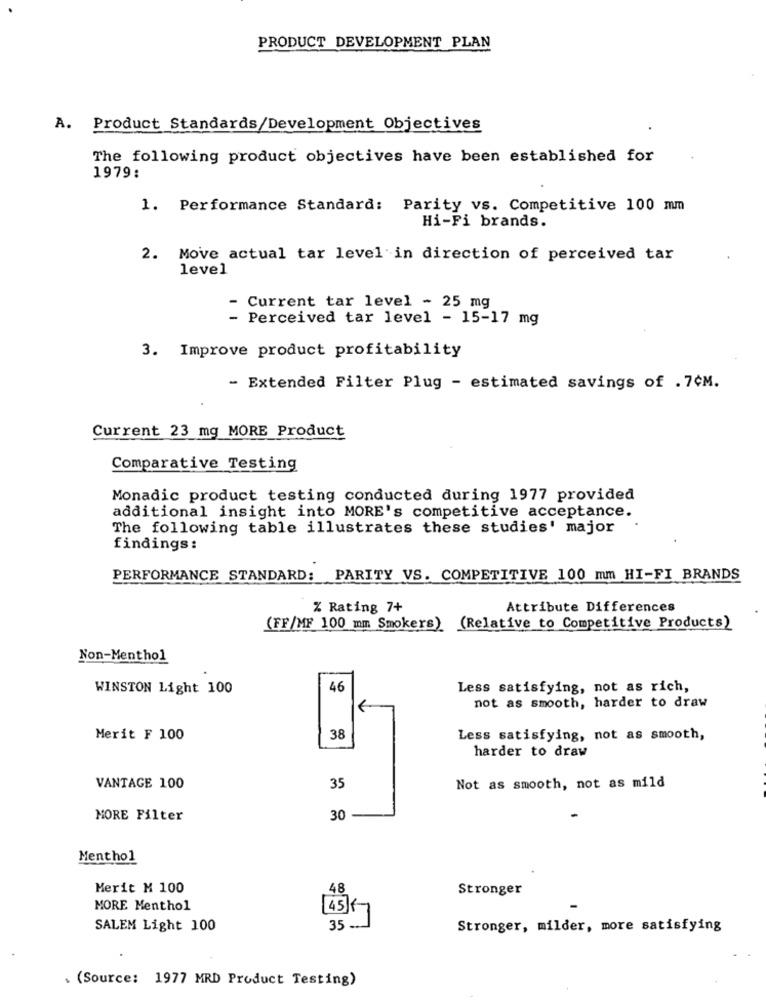
PRODUCT DEVELOPMENT PLAN
A. Product Standards/Development Objectives
The following product objectives have been established for
1979:
1. Performance Standard: Parity vs. Competitive 100 mm
Hi-Fi brands.
2. Move actual tar level in direction of perceived tar
level
Current tar level - 25 mg
Perceived tar level - 15-17 mg
3. Improve product profitability
- Extended Filter Plug - estimated savings of . 7¢M.
Current 23 mg MORE Product
Comparative Testing
Monadic product testing conducted during 1977 provided
additional insight into MORE's competitive acceptance.
The following table illustrates these studies' major
findings:
PERFORMANCE STANDARD: PARITY VS. COMPETITIVE 100 mm HI-FI BRANDS
% Rating 7+
Attribute Differences
(FF/MF 100 mm Smokers) (Relative to Competitive Products)
Non-Menthol
WINSTON Light 100
46
Less satisfying, not as rich,
not as smooth, harder to draw
Merit F 100
38
Less satisfying, not as smooth,
harder to draw
VANTAGE 100
35
Not as smooth, not as mild
MORE Filter
30
Menthol
Merit M 100
48
Stronger
MORE Menthol
458
SALEM Light 100
35 -. J
Stronger, milder, more satisfying
. (Source: 1977 MRD Product Testing)